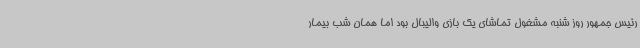
رئیس جمهور روز شنبه مشغول تماشای یک بازی والیبال بود اما همان شب بیمار